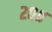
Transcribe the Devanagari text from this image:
२०॥